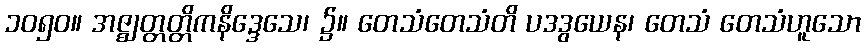
၁၀၅၀။ အဇ္ဈတ္တတ္တိကနိဒ္ဒေသေ၊ ၌။ တေသံတေသံတိ ပဒဒွယေန၊ တေသံ တေသံဟူသော